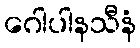
ဂေါပါနသီနံ